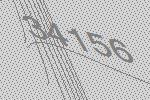
34156